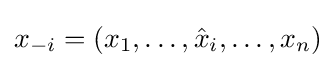
x_{-i}=(x_{1},\ldots ,{\hat {x}}_{i},\ldots ,x_{n})